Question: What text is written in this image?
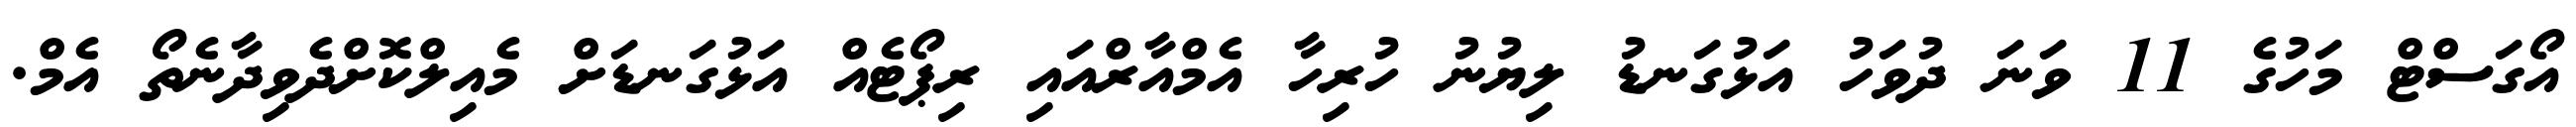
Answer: އޯގަސްޓް މަހުގެ 11 ވަނަ ދުވަހު އަޅުގަނޑު ލިޔުނު ހުރިހާ އެމްއާރްއައި ރިޕޯޓެއް އަޅުގަނޑަށް މެއިލްކޮށްދެވިދާނެތޯ އެމް.